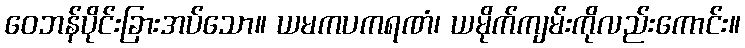
ဝေဘန်ပိုင်းခြားအပ်သော။ ယမကပကရဏံ၊ ယမိုက်ကျမ်းကိုလည်းကောင်း။